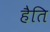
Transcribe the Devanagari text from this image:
हैति